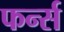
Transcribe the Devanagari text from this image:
फर्न्स